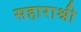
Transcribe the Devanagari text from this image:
सहाराश्री